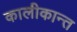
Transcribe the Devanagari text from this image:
कालीकान्त